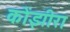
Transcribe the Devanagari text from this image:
कोंझीरा